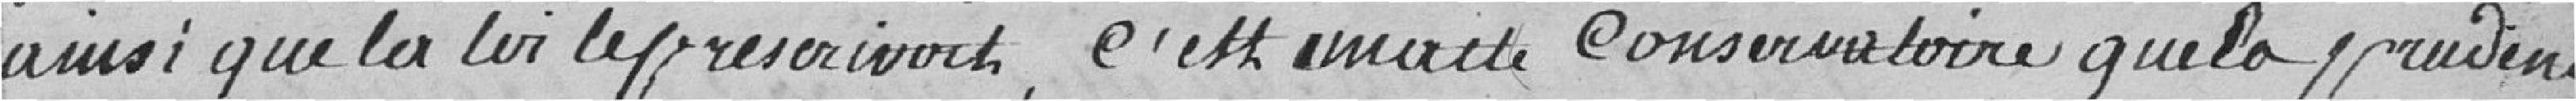
ainsi que la loi le prescrivait, c'est inscrite conservatoire que la prudence